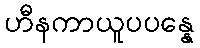
ဟီနကာယူပပန္နေ